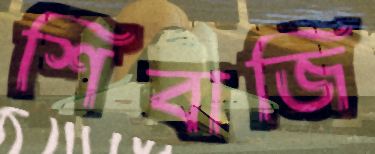
শিবাজি